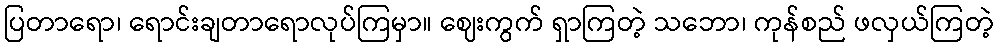
ပြတာရော၊ ရောင်းချတာရောလုပ်ကြမှာ။ ဈေးကွက် ရှာကြတဲ့ သဘော၊ ကုန်စည် ဖလှယ်ကြတဲ့